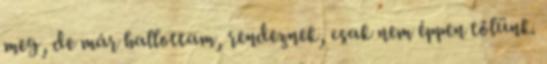
meg, de már hallottam, rendeznek, csak nem éppen tőlünk.